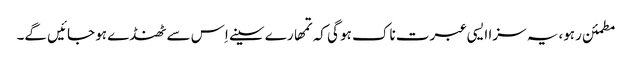
مطمئن رہو، یہ سزا ایسی عبرت ناک ہو گی کہ تمھارے سینے اِس سے ٹھنڈے ہو جائیں گے۔